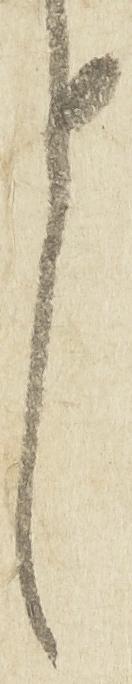
言